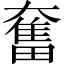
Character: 奮